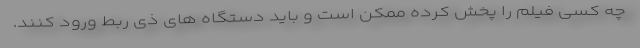
چه کسی فیلم را پخش کرده ممکن است و باید دستگاه های ذی ربط ورود کنند.